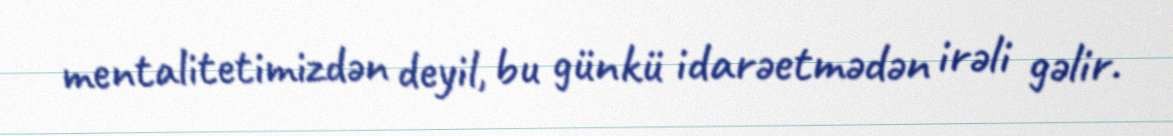
mentalitetimizdən deyil, bu günkü idarəetmədən irəli gəlir.